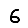
Digit: 6